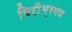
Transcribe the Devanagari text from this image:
गिरीभ्रमण